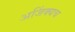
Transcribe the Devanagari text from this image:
अजिंक्यच